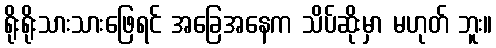
ရိုးရိုးသားသားဖြေရင် အခြေအနေက သိပ်ဆိုးမှာ မဟုတ် ဘူး။